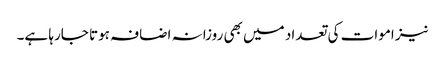
نیز اموات کی تعداد میں بھی روزانہ اضافہ ہوتا جارہا ہے۔